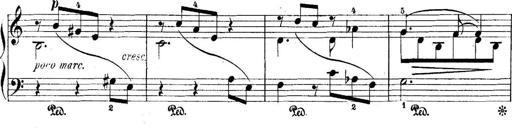
Title: 5 Sonatinas
Composer: Theodor Kirchner